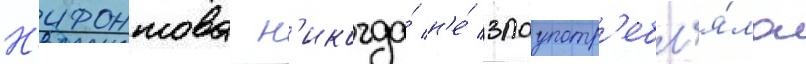
Н'ифонтова н'икогда́ н'е́ злоупотр'ебл'я́ла